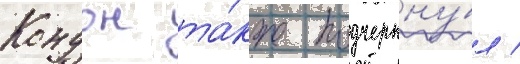
Кондон та́кже подчеркну́л /